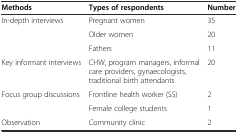
<table><thead><tr><td><b>Methods</b></td><td><b>Types of respondents</b></td><td><b>Number</b></td></tr></thead><tbody><tr><td rowspan="3">In-depth interviews</td><td>Pregnant women</td><td>35</td></tr><tr><td>Older women</td><td>20</td></tr><tr><td>Fathers</td><td>11</td></tr><tr><td>Key informant interviews</td><td>CHW, program managers, informal care providers, gynaecologists, traditional birth attendants</td><td>20</td></tr><tr><td rowspan="2">Focus group discussions</td><td>Frontline health worker (SS)</td><td>2</td></tr><tr><td>Female college students</td><td>1</td></tr><tr><td>Observation</td><td>Community clinic</td><td>2</td></tr></tbody></table>